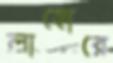
লাহোরে